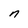
Character: n